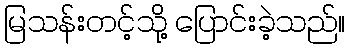
မြသန်းတင့်သို့ ပြောင်းခဲ့သည်။